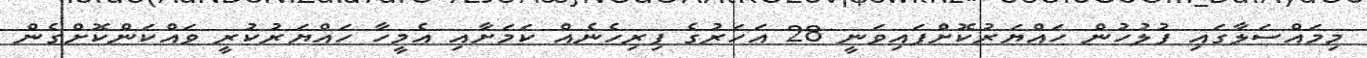
މިމައްސަލާގައި ފުލުހުން ހައްޔަރުކޮށްފައިވަނީ 28 އަހަރުގެ ފިރިހެނެއް ކަމަށާއި އެމީހާ ހައްޔަރުކުރީ ވައްކަންކޮށްގެން